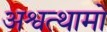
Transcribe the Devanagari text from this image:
अश्वत्थामो